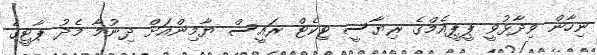
ނިހާން ވިދާޅުވީ ޕީޕީއެމްގެ ރިޔާސީ ޓިކެޓް ރައީސް ޔާމިންއަށް ދިނުމާ މެދު ޕާޓީގެ